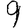
Digit: 9